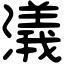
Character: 𣿭